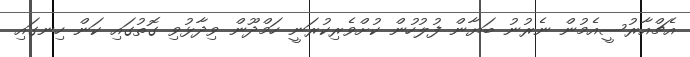
އެޗްއާރުސީއެމުން ނެރުނު ބަޔާން ފުލުހުން ކުށްވެރިކުރަނީ ހަމްދޫން ވިދާޅުވި ގޮތުގައި ކަން ހިނގައި